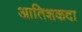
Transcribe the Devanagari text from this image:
आतिशकदा